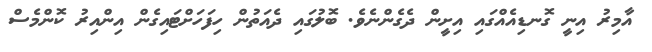
އާމިރު އިނީ ގޮނޑިއެއްގައި އިށީން ދެގެންނެވެ. ބޮލުގައި ދެއަތުން ހިފަހަށްޓައިގެން އިންއިރު ކޮންމެސް